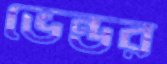
ভেন্ডর